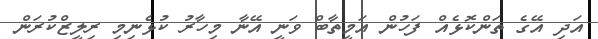
އަދި އޭގެ ތަންކޮޅެއް ފަހުން އަމީތާބް ވަނީ އޭނާ މިހާރު ކުޅެނިމި ރިލީޒްކުރަން